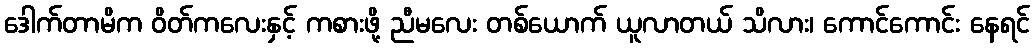
ဒေါက်တာမိက ဝိတ်ကလေးနှင့် ကစားဖို့ ညီမလေး တစ်ယောက် ယူလာတယ် သိလား၊ ကောင်ကောင်း နေရင်